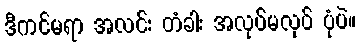
ဒီကင်မရာ အလင်း တံခါး အလုပ်မလုပ် ပုံပဲ။